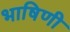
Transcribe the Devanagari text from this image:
भाषिणी